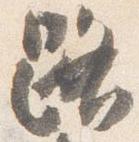
路